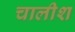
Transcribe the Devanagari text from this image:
चालीश